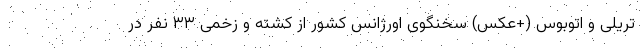
تریلی و اتوبوس (+عکس) سخنگوی اورژانس کشور از کشته و زخمی ۳۳ نفر در